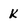
Character: k